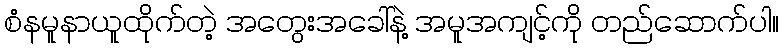
စံနမူနာယူထိုက်တဲ့ အတွေးအခေါ်နဲ့ အမူအကျင့်ကို တည်ဆောက်ပါ။